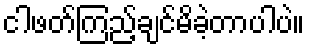
ငါဖတ်ကြည့်ချင်မိခဲ့တာပါပဲ။